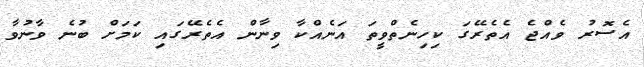
އެސޮރު ވެއްޖެ އެތެރޭގަ ކިހިނެތްވީތަ އަނެއްކާ ވިނާން އެތެރޭގައި ކަމަށް ބުނެ ވާނުވާ